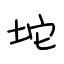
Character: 坨